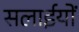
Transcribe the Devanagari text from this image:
सलाईयों